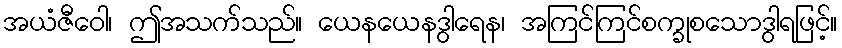
အယံဇီဝေါ၊ ဤအသက်သည်။ ယေနယေနဒွါရေန၊ အကြင်ကြင်စက္ခုစသောဒွါရဖြင့်။